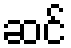
ဆင်